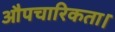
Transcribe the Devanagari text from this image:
औपचारिकता।